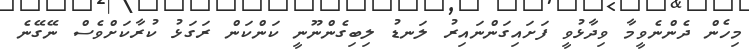
މިހެން ދެންނެވީމާ ވިދާޅުވީ ފަށައިގަންނައިރު ލަނޑު ލިބިގެންނޫނީ ކަންކަން ރަގަޅު ކުރާކަށްވެސް ނޭގޭނެ